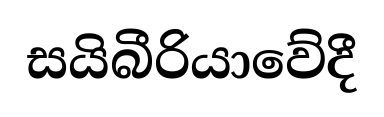
සයිබීරියාවේදී